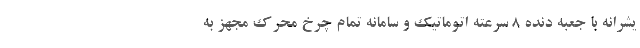
یشرانه با جعبه دنده 8 سرعته اتوماتیک و سامانه تمام چرخ محرک مجهز به